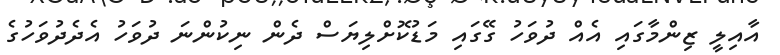
އާއިލީ ޒިންމާގައި އެއް ދުވަހު ގޭގައި މަޑުކޮށްލިޔަސް ދެން ނިކުންނަ ދުވަހު އެދެދުވަހުގެ